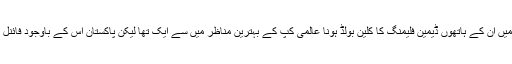
سیمی فائنل میں ان کے ہاتھوں ڈیمین فلیمنگ کا کلین بولڈ ہونا عالمی کپ کے بہترین مناظر میں سے ایک تھا لیکن پاکستان اس کے باوجود فائنل نہ جیت پایا۔